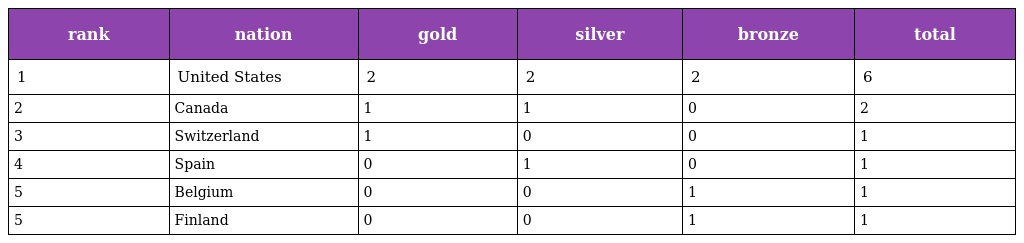
| rank | nation | gold | silver | bronze | total |
 | --- | --- | --- | --- | --- | --- |
 | 1 | United States | 2 | 2 | 2 | 6 |
 | 2 | Canada | 1 | 1 | 0 | 2 |
 | 3 | Switzerland | 1 | 0 | 0 | 1 |
 | 4 | Spain | 0 | 1 | 0 | 1 |
 | 5 | Belgium | 0 | 0 | 1 | 1 |
 | 5 | Finland | 0 | 0 | 1 | 1 |